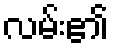
လမ်း၏